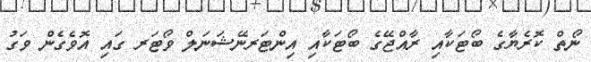
ނޯތް ކޮރެޔާގެ ބޯޓަކާއި ރާއްޖޭގެ ބޯޓަކާއި އިންޓަރނޭޝަނަލް ވޯޓަރ ގައި އޮވެގެން ވަގު